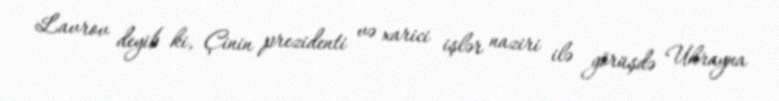
Lavrov deyib ki, Çinin prezidenti və xarici işlər naziri ilə görüşdə Ukrayna